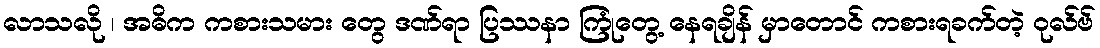
လာသလို ၊ အဓိက ကစားသမား တွေ ဒဏ်ရာ ပြဿနာ ကြုံတွေ့ နေရချိန် မှာတောင် ကစားရခက်တဲ့ ဝုလ်ဗ်